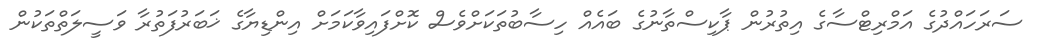
ސަރަހައްދުގެ އަމްރިޓްސާގެ އިތުރުން ޕާކިސްތާނުގެ ބައެއް ހިސާބުތަކަށްވެސް ކޮށްފައިވާކަމަށް އިންޑިޔާގެ ޚަބަރުފަތުރާ ވަސީލަތްތަކުން